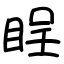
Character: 睈